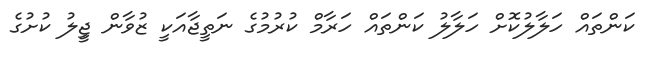
ކަންތައް ހަލާލުކޮށް ހަލާލު ކަންތައް ހަރާމް ކުރުމުގެ ނަތީޖާއަކީ ޒުވާން ޖީިލު ކުށުގެ